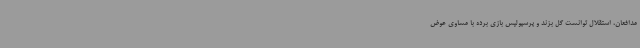
مدافعان، استقلال توانست گل بزند و پرسپولیس بازی برده با مساوی عوض